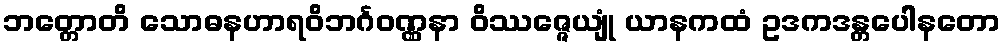
ဘတ္တောတိ သောဓနဟာရဝိဘင်္ဂဝဏ္ဏနာ ဝိဿဇ္ဇေယျုံ ယာနကထံ ဥဒကဒန္တပေါနတော